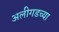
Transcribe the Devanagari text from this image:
अलीगडच्या